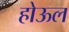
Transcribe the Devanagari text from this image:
होऊल